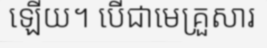
ឡើយ។ បើជាមេគ្រួសារ